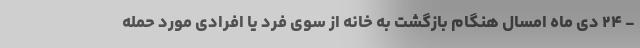
- ۲۴ دی ماه امسال هنگام بازگشت به خانه از سوی فرد یا افرادی مورد حمله